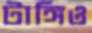
টাঙ্গিও